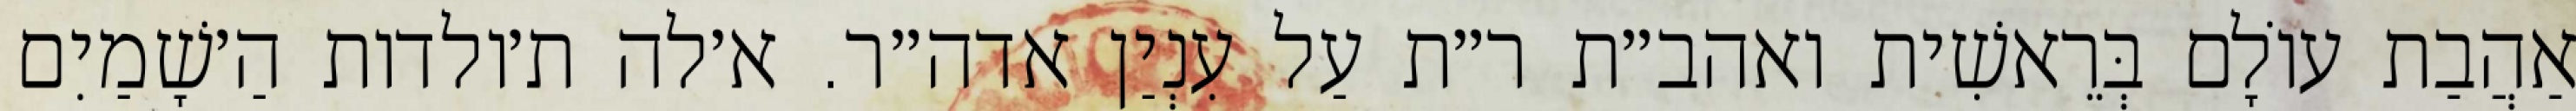
אַהֲבַת עוֹלָם בְּרֵאשִׁית ואהב״ת ר״ת עַל עִנְיַן אדה״ר. א׳לה ת׳ולדות הַ׳שָׁמַיִם